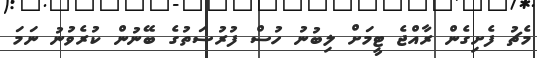
މެޗު ފެށިގެން ރާއްޖެ ޓީމަށް ލިބުނު ހުސް ފުރުސަތުގެ ބޭނުން ކުރެވުނު ނަމަ